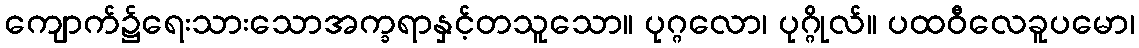
ကျောက်၌ရေးသားသောအက္ခရာနှင့်တသူသော။ ပုဂ္ဂလော၊ ပုဂ္ဂိုလ်။ ပထဝီလေခူပမော၊